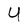
Character: U